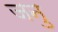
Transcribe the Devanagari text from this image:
जनु